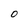
Character: 0